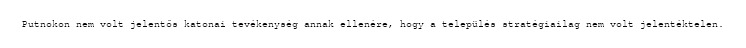
Putnokon nem volt jelentős katonai tevékenység annak ellenére, hogy a település stratégiailag nem volt jelentéktelen.